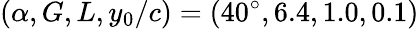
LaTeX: (\alpha,G,L,y_{0}/c)=(40^{\circ},6.4,1.0,0.1)